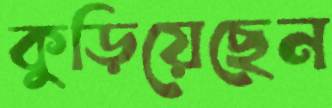
কুড়িয়েছেন